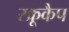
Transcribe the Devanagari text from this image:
स्क्रूकैप